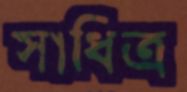
সাধিত্র